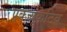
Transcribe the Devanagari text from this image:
एक्ज्यूकेटिव